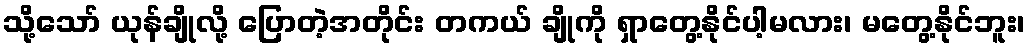
သို့သော် ယုန်ချိုလို့ ပြောတဲ့အတိုင်း တကယ် ချိုကို ရှာတွေ့နိုင်ပါ့မလား၊ မတွေ့နိုင်ဘူး၊